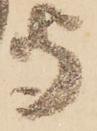
守